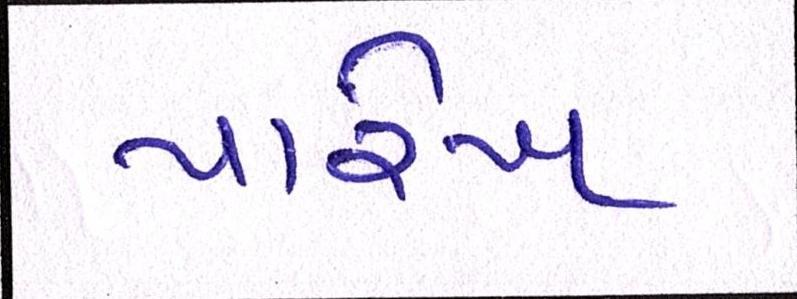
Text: પારેખ